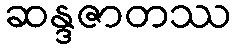
ဆန္ဒဇာတဿ